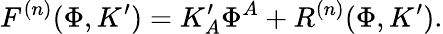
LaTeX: F^{(n)}(\Phi,K^{\prime})=K_{A}^{\prime}\Phi^{A}+R^{(n)}(\Phi,K^{\prime}).